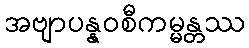
အဗျာပန္နဝစီကမ္မန္တဿ